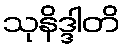
သုနိဒ္ဒါတိ